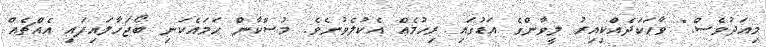
މިއަދުވެސް." ވާހަކަދެއްކިއިރު ލީވާންގެ އަޑުގައި ރިހުމެއް އެކުލެވުނެވެ. މުސްކާން ހަމައެކަނި ބޯޖަހާލައިފައި އެއްޗެއް